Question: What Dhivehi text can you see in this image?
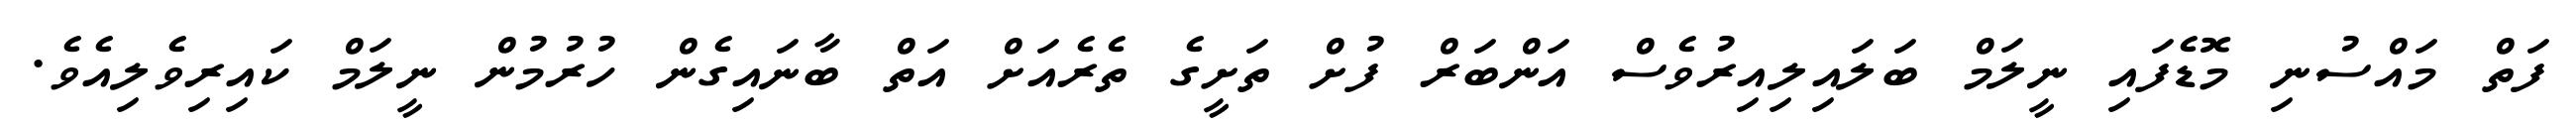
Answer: ފަތް މައްސުނި މޮޑެފައި ނީލަމް ބަލައިލިއިރުވެސް އަންބަރް ފުށް ތަށީގެ ތެރެއަށް އަތް ބާނައިގެން ހުރުމުން ނީލަމް ކައިރިވެލިއެވެ.